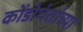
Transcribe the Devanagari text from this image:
कोंडोपंतांच्या